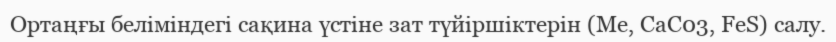
Ортаңғы беліміндегі сақина үстіне зат түйіршіктерін (Me, СаС03, FeS) салу.